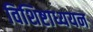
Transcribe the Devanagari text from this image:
विशिष्टाध्ययन